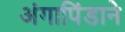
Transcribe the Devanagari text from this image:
अंगापिंडाने